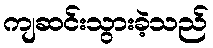
ကျဆင်းသွားခဲ့သည်